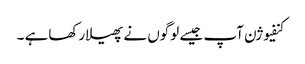
کنفیوژن آپ جیسے لوگوں نے پھیلارکھاہے ۔